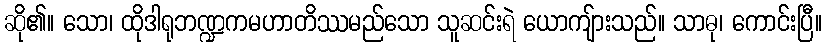
ဆို၏။ သော၊ ထိုဒါရုဘဏ္ဍကမဟာတိဿမည်သော သူဆင်းရဲ ယောကျ်ားသည်။ သာဓု၊ ကောင်းပြီ။